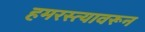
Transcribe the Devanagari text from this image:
हमरस्त्यावरून